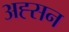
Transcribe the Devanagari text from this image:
अह्सन